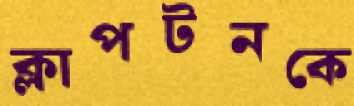
ক্লাপটনকে